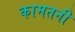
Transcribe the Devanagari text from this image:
कामतनी